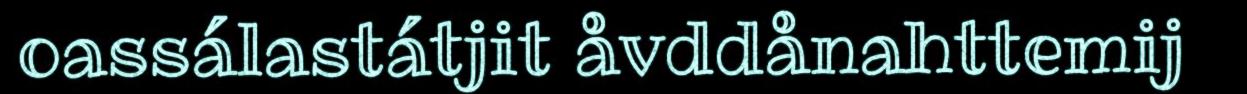
oassálastátjit åvddånahttemij